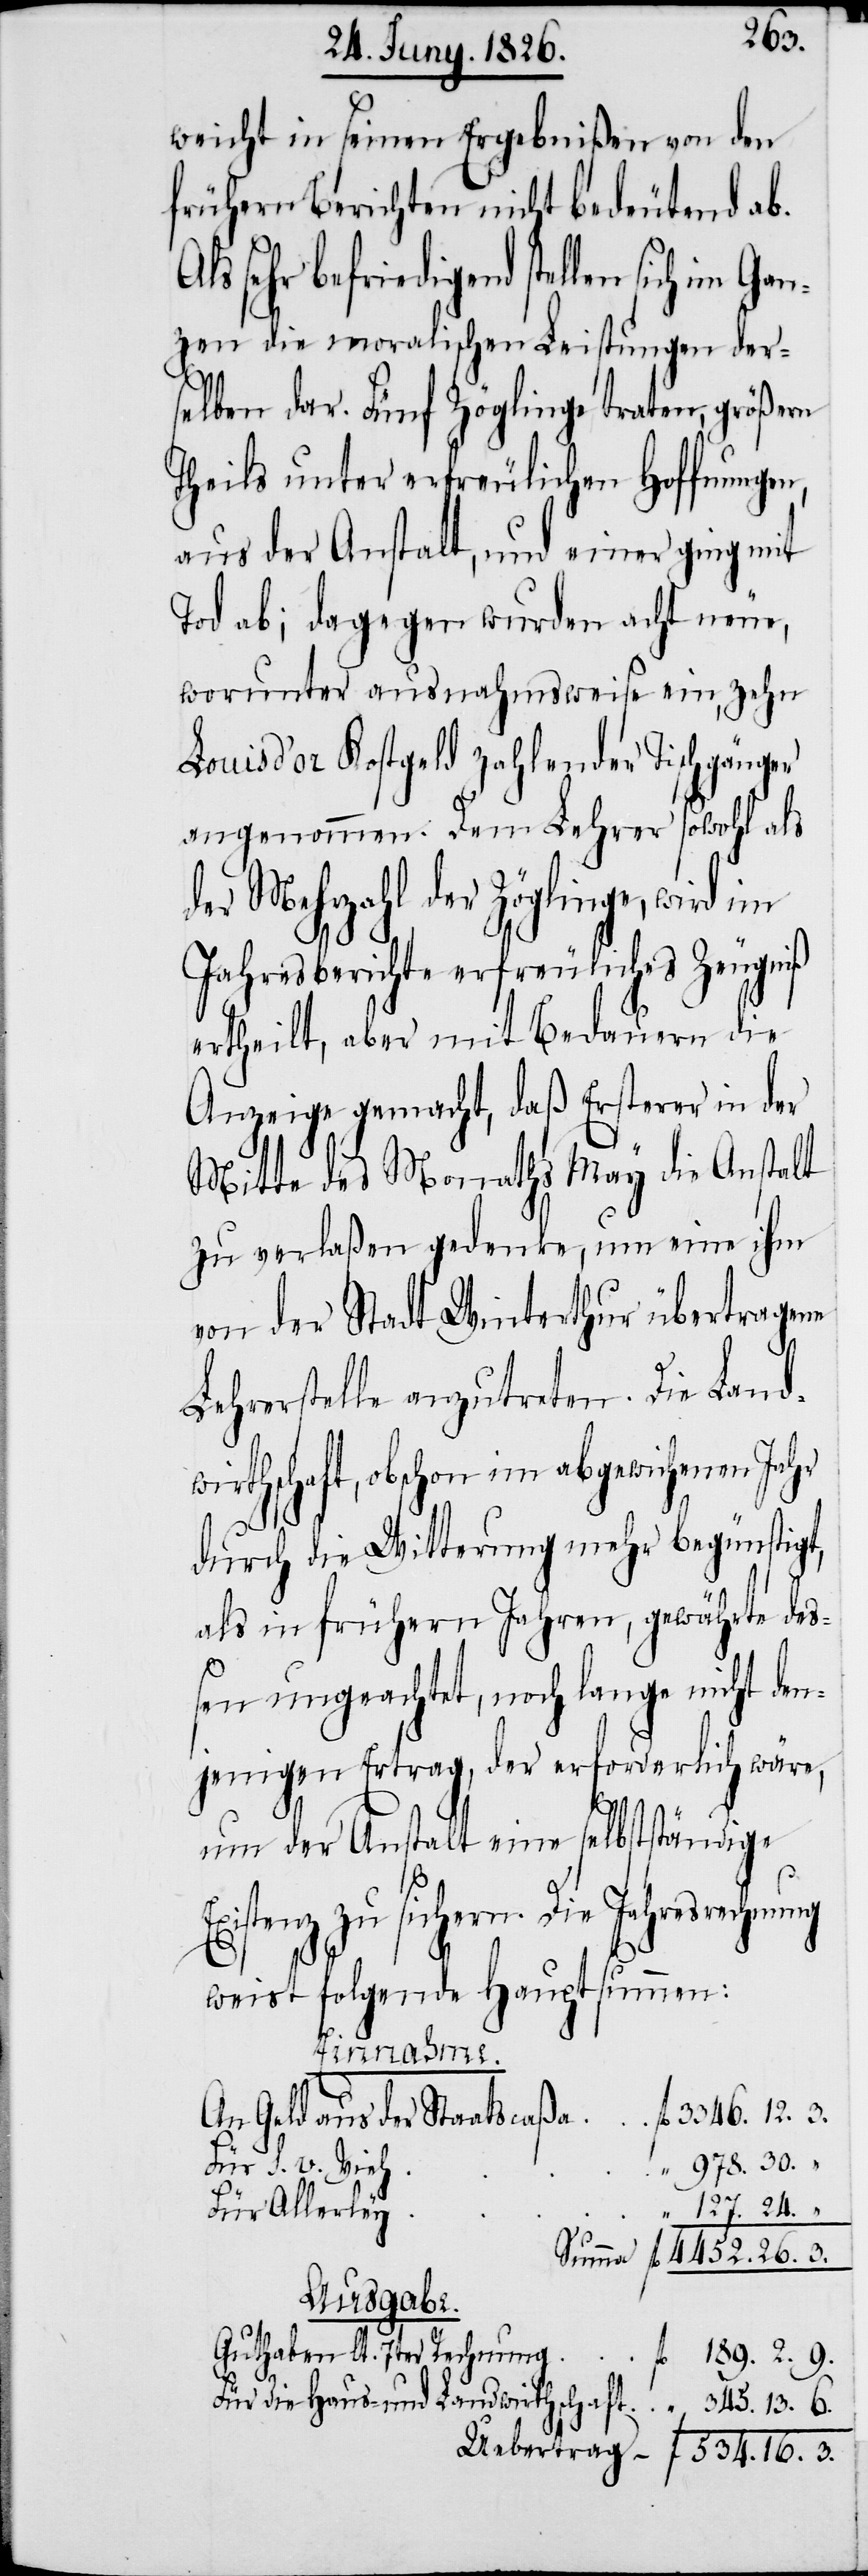
189.
weicht in seinen Ergebnißen von den
frühern Berichten nicht bedeutend A¬
sichern. Die Jahresrechnung
zen die moralischen Leistungen der¬
selben dar. Fünf Zöglinge traten, größern
Theils unter erfreulichen Hoffnungen,
aus der Anstalt, und einer ging mit
Tod ab; dagegen wurden acht neue,
worunter ausnahmsweise ein, zehn
Louis d’or Kostgeld zahlender Tischgänger
angenommen. Dem Lehrer sowohl als
der Mehrzahl der Zöglinge, wird im
Jahresberichte erfreuliches Zeugniß
ertheilt, aber mit Bedauern die
Anzeige gemacht, daß Ersterer in der
Mitte des Monaths May die Anstalt
zu verlaßen gedenke, um eine ihm
von der Stadt Winterthur übertragene
Lehrerstelle anzutreten. Die Landw¬
irthschaft, obschon im abgewichenen Jahr
durch die Witterung mehr begünstigt,
als in frühern Jahren, gewährte de¬
ßen ungeachtet, noch lange nicht den¬
jenigen Ertrag, der erforderlich wäre,
um der Anstalt eine selbständige
weist folgende Hauptsummen:
die haus-
3.
An Geld as der Staatscaßa
Für S. v. Vieh
Für Allerley
“
Ausgabe.
Guthaben lt. 7ter Rechnung